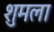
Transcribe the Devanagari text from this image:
शुमला